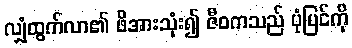
လျှံထွက်လာ၏ ဖိအားသုံး၍ ဇီဝကသည် ပုံပြင်ကို